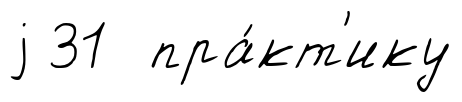
j 31 пра́кт'ику